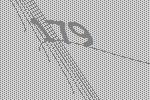
179